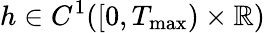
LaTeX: h\in C^{1}([0,T_{\operatorname*{max}})\times\mathbb R)